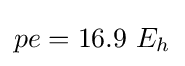
pe=16.9\ E_{h}